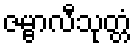
ဇမ္ဗာလီသုတ္တံ